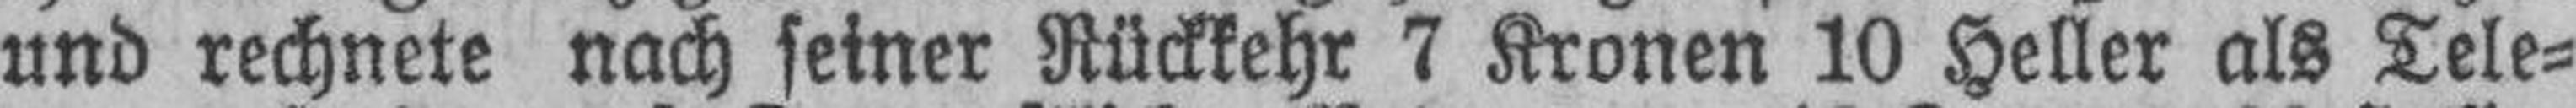
und rechnete nach seiner Rückkehr 7 Kronen 10 Heller als Tele¬